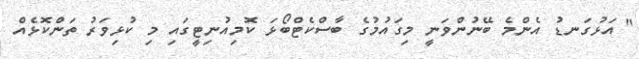
" އަޅުގަނޑު އެންމެ ބޭނުންވަނީ މިގައުމުގެ ބާސްކެޓްބޯޅަ ކޮމިއުނިޓީގައި މި ކުޅިވަރު ތަންކޮޅެއް